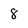
Character: 8